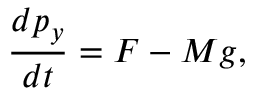
\frac { d p _ { y } } { d t } = F - M g ,